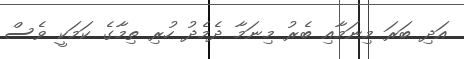
އަދި ބަރަ މިނަމާއި ބެރު މިނަމާ ދެމެދު ހުރި ތިމާގެ ކަމަކީ ވެސް